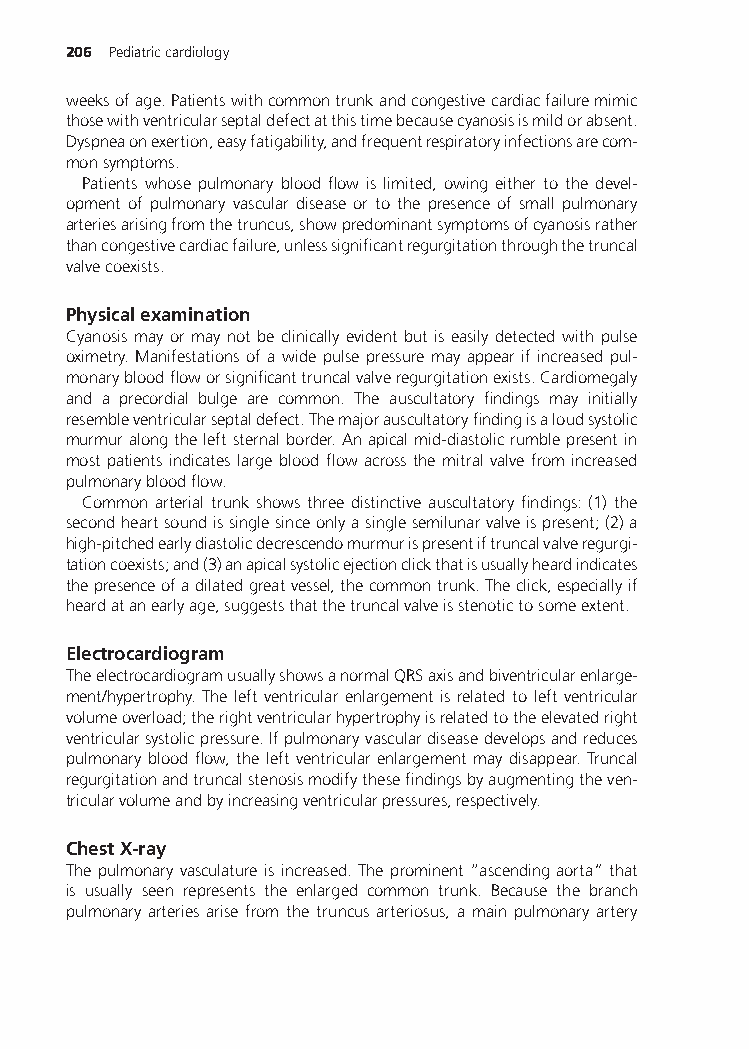
206 Pediatriccardiology
 weeksofage.Patientswithcommontrunkandcongestivecardiacfailuremimic
 thosewithventricularseptaldefectatthistimebecausecyanosisismildorabsent.
 Dyspneaonexertion,easyfatigability,andfrequentrespiratoryinfectionsarecom-
 monsymptoms.
 Patients whose pulmonary blood flow is limited, owing either to the devel-
 opment of pulmonary vascular disease or to the presence of small pulmonary
 arteriesarisingfromthetruncus,showpredominantsymptomsofcyanosisrather
 thancongestivecardiacfailure,unlesssignificantregurgitationthroughthetruncal
 valvecoexists.
 Physicalexamination
 Cyanosis may or may not be clinically evident but is easily detected with pulse
 oximetry. Manifestations of a wide pulse pressure may appear if increased pul-
 monarybloodfloworsignificanttruncalvalveregurgitationexists.Cardiomegaly
 and a precordial bulge are common. The auscultatory findings may initially
 resembleventricularseptaldefect.Themajorauscultatoryfindingisaloudsystolic
 murmuralongtheleftsternalborder.Anapicalmid-diastolicrumblepresentin
 most patients indicates large blood flow across the mitral valve from increased
 pulmonarybloodflow.
 Common arterial trunk shows three distinctive auscultatory findings: (1) the
 secondheartsoundissinglesinceonlyasinglesemilunarvalveispresent;(2)a
 high-pitchedearlydiastolicdecrescendomurmurispresentiftruncalvalveregurgi-
 tationcoexists;and(3)anapicalsystolicejectionclickthatisusuallyheardindicates
 thepresenceofadilatedgreatvessel,thecommontrunk.Theclick,especiallyif
 heardatanearlyage,suggeststhatthetruncalvalveisstenotictosomeextent.
 Electrocardiogram
 TheelectrocardiogramusuallyshowsanormalQRSaxisandbiventricularenlarge-
 ment/hypertrophy. The left ventricular enlargement is related to left ventricular
 volumeoverload;therightventricularhypertrophyisrelatedtotheelevatedright
 ventricularsystolicpressure.Ifpulmonaryvasculardiseasedevelopsandreduces
 pulmonary blood flow, the left ventricular enlargement may disappear. Truncal
 regurgitationandtruncalstenosismodifythesefindingsbyaugmentingtheven-
 tricularvolumeandbyincreasingventricularpressures,respectively.
 ChestX-ray
 Thepulmonaryvasculatureisincreased.Theprominent“ascendingaorta”that
 is usually seen represents the enlarged common trunk. Because the branch
 pulmonary arteries arise from the truncus arteriosus, a main pulmonary artery